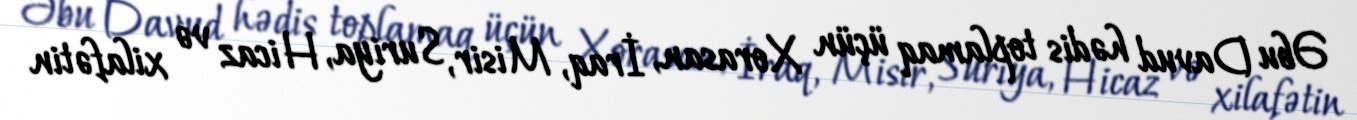
Əbu Davud hədis toplamaq üçün Xorasan, İraq, Misir, Suriya, Hicaz və xilafətin